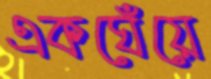
একঘেঁয়ে